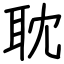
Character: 耽